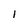
Character: 1